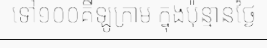
ទៅ១០០គីឡូក្រាម ក្នុងប៉ុន្មានថ្ងៃ